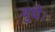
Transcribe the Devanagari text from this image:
बुधैः